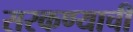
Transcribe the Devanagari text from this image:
सरकण्याची